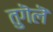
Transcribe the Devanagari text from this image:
तुगॆलॆ